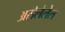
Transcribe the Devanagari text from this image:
असेलेलेल